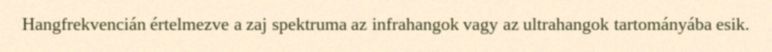
Hangfrekvencián értelmezve a zaj spektruma az infrahangok vagy az ultrahangok tartományába esik.